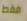
فقط